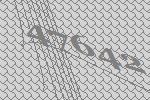
47642